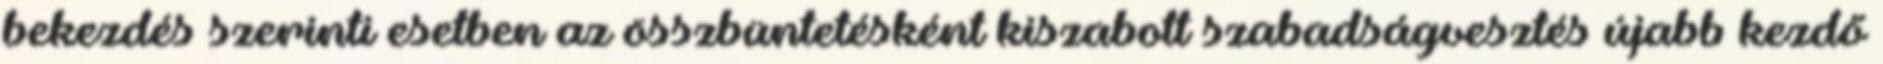
bekezdés szerinti esetben az összbüntetésként kiszabott szabadságvesztés újabb kezdő